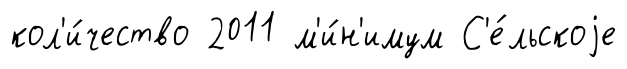
кол'и́чество 2011 м'и́н'имум С'е́льскоjе